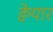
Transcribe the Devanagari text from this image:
क्वेयार